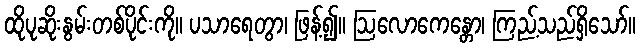
ထိုပုဆိုးနွမ်းတစ်ပိုင်းကို။ ပသာရေတွာ၊ ဖြန့်၍။ ဩလောကေန္တော၊ ကြည့်သည်ရှိသော်။